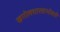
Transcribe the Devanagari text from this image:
खगोलशास्त्राभोवती